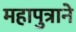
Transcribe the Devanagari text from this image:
महापुत्राने